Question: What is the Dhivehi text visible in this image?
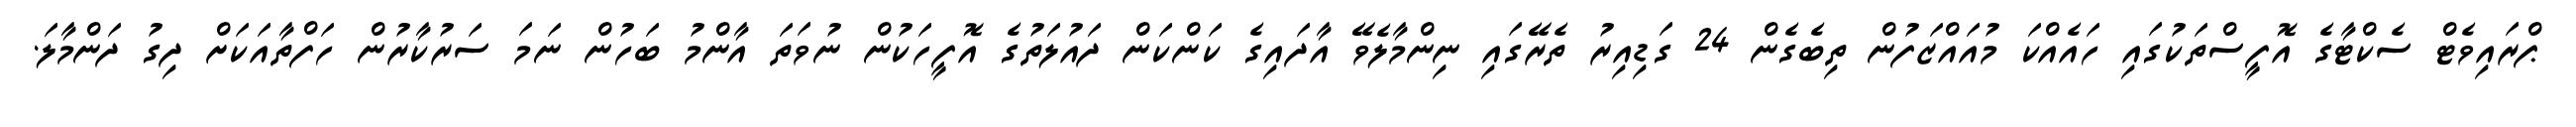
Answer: ޕްރައިވެޓް ސެކްޓާގެ އޮފީސްތަކުގައި ހައެއްކަ މުއައްޒަފުން ތިބެގެން 24 ގަޑިއިރު ތެރޭގައި ނިންމާލެވޭ އާދައިގެ ކަންކަން ދައުލަތުގެ އޮފީހަކުން ނުވަތަ އާންމު ބަހުން ނަމަ ސަރުކާރުން ހަފްތާއަކަށް ދިގު ދަންމާލަ.